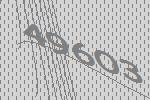
49603